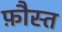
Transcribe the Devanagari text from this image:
फ़ौस्त